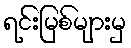
ရင်းမြစ်များမှ